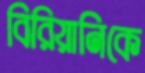
বিরিয়ানিকে